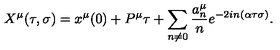
X ^ { \mu } ( \tau , \sigma ) = x ^ { \mu } ( 0 ) + P ^ { \mu } \tau + \sum _ { n \ne 0 } \frac { a _ { n } ^ { \mu } } { n } e ^ { - 2 i n ( \alpha \tau \sigma ) } .